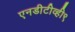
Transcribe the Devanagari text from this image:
एनडीटीव्ही९